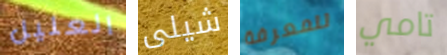
العليل شيلى للمعرفة تامي